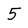
Character: 5